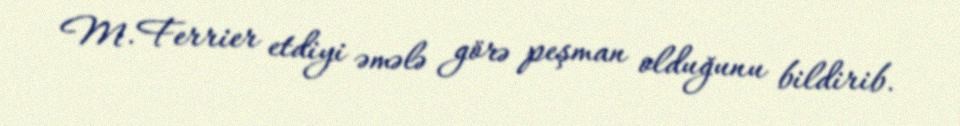
M.Ferrier etdiyi əmələ görə peşman olduğunu bildirib.